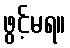
ဖွင့်မရ။